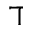
\daleth